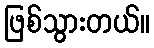
ဖြစ်သွားတယ်။